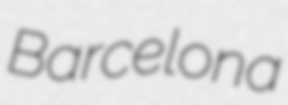
Barcelona